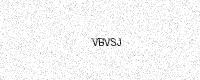
Text: VBVSJ